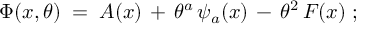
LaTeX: \Phi ( x , \theta ) \; = \; A ( x ) \, + \, \theta ^ { a } \, \psi _ { a } ( x ) \, - \, \theta ^ { 2 } \, F ( x ) \; ;